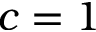
c = 1